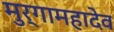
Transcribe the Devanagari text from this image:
मुर्गामहादेव